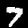
Digit: 7